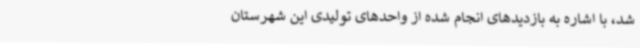
شد، با اشاره به بازدیدهای انجام شده از واحدهای تولیدی این شهرستان